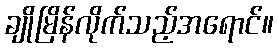
ချိုမြိန်လိုက်သည့်အရောင်။